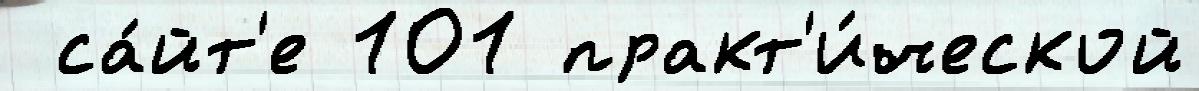
 са́йт'е 101 практ'и́ческой